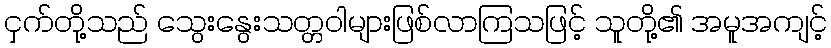
ငှက်တို့သည် သွေးနွေးသတ္တဝါများဖြစ်လာကြသဖြင့် သူတို့၏ အမူအကျင့်